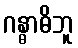
ဂန္ဓာဓိဘူ